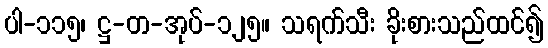
ပါ-၁၁၅၊ ဋ္ဌ-တ-အုပ်-၁၂၅။ သရက်သီး ခိုးစားသည်ထင်၍